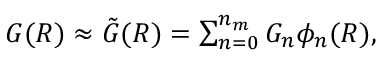
\begin{array} { r } { G ( R ) \approx \tilde { G } ( R ) = \sum _ { n = 0 } ^ { n _ { m } } G _ { n } \phi _ { n } ( R ) , } \end{array}